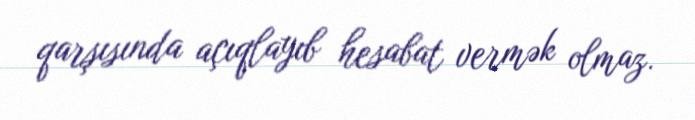
qarşısında açıqlayıb hesabat vermək olmaz.